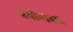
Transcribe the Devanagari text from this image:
प्रयोनावाद